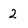
Character: 2